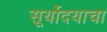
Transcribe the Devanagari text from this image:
सूर्योदयाचा